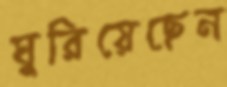
ঘুরিয়েছেন